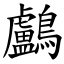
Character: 鸕